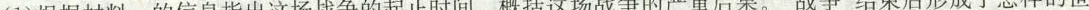
(1)根据材料一的信息指出这场战争的起止时间。概括这场战争的严重后果。”战争”结束后形成了怎样的世